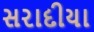
સરાદીયા